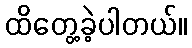
ထိတွေ့ခဲ့ပါတယ်။